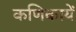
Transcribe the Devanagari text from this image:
कणिकायें